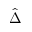
\hat { \Delta }